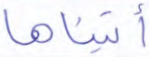
آتيناها